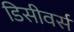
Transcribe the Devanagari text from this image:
डिसीवर्स